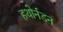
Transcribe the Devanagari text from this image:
हथोर्नडन